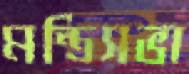
মন্ত্রিসভা